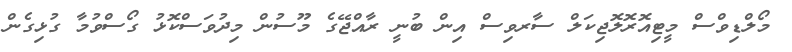
މޯލްޑިވްސް މީޓިއޮރޮލޮޖިކަލް ސާރވިސް އިން ބުނީ ރާއްޖޭގެ މޫސުން މިދުވަސްކޮޅު ގޯސްވުމާ ގުޅިގެން